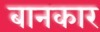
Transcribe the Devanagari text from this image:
बानकार